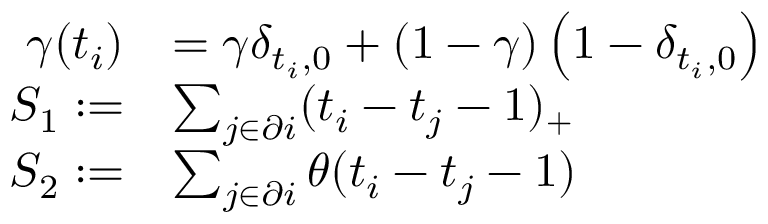
\begin{array} { r l } { \gamma ( t _ { i } ) } & { = \gamma \delta _ { t _ { i } , 0 } + ( 1 - \gamma ) \left( 1 - \delta _ { t _ { i } , 0 } \right) } \\ { S _ { 1 } : = } & { \sum _ { j \in \partial i } ( t _ { i } - t _ { j } - 1 ) _ { + } } \\ { S _ { 2 } : = } & { \sum _ { j \in \partial i } \theta ( t _ { i } - t _ { j } - 1 ) } \end{array}